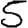
Digit: 5